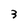
Character: 3